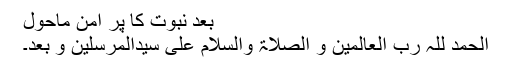
بعد نبوت کا پر امن ماحول
الحمد للّٰہ رب العالمین و الصلاۃ والسلام علی سیدالمرسلین و بعد۔